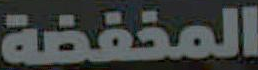
المخفضة